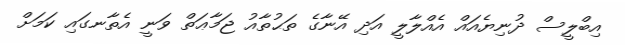
އިބްލީސް ދުނިޔެެއައް އެއްލާލީ އަދި އޭނާގެ ތަޙުތާއު ޖަމާޢަތް ވަނީ އެތާނގައި ކަމަށް